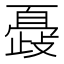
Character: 𣦞